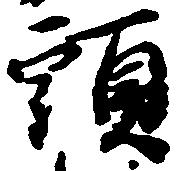
頭